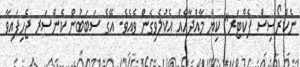
ނެކްރޯސިސް ފެކްޓަރ" ކިޔާ މާއްދާއެއް އެކުލެވިގެން ވެއެވެ. އޭގެ ސަބަބުން ކެންސަރ ޖެހިފައިވާ